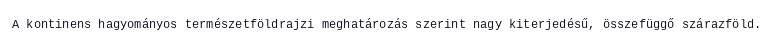
A kontinens hagyományos természetföldrajzi meghatározás szerint nagy kiterjedésű, összefüggő szárazföld.